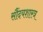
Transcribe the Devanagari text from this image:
सौंदयशास्त्र